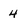
Character: 4